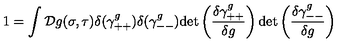
1 = \int { \cal D } g ( \sigma , \tau ) \delta ( \gamma _ { + + } ^ { g } ) \delta ( \gamma _ { -- } ^ { g } ) \mathrm { d e t } \left( \frac { \delta \gamma _ { + + } ^ { g } } { \delta g } \right) \mathrm { d e t } \left( \frac { \delta \gamma _ { -- } ^ { g } } { \delta g } \right)